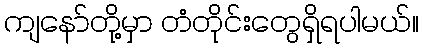
ကျနော်တို့မှာ တံတိုင်းတွေရှိရပါမယ်။